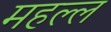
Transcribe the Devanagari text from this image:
महल्ल